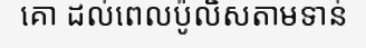
គោ ដល់ពេលប៉ូលិសតាមទាន់